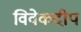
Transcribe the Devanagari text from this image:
विवेकदीप